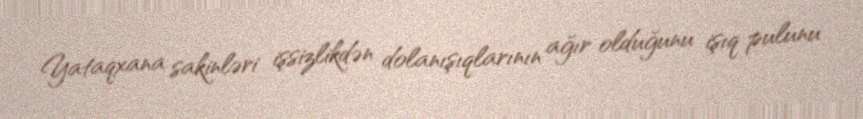
Yataqxana sakinləri işsizlikdən dolanışıqlarının ağır olduğunu işıq pulunu